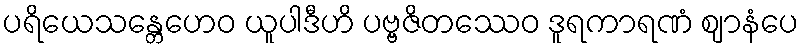
ပရိယေသန္တေဟေဝ ယူပါဒီဟိ ပဗ္ဗဇိတဿေဝ ဒူရကာရဏံ ဈာနံပေ